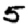
Digit: 5